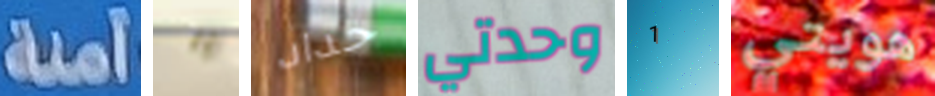
آمنة يا حداد وحدتي 1 هويتي